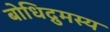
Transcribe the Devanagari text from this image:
बोधिद्रुमस्य